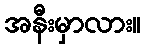
အနီးမှာလား။